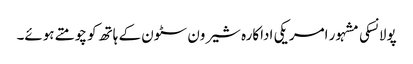
پولانسکی مشہور امریکی اداکارہ شیرون سٹون کے ہاتھ کو چومتے ہوئے۔